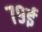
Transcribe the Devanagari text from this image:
७९ई